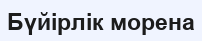
Бүйірлік морена